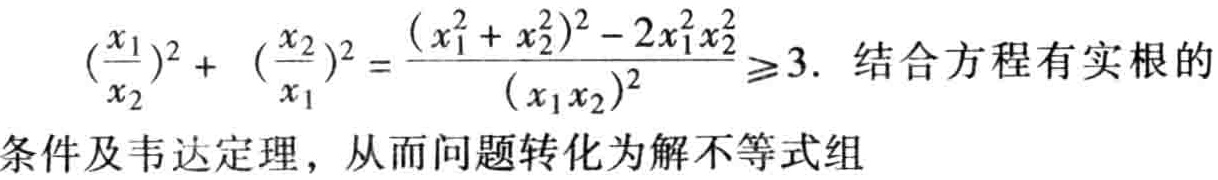
\((\frac{x_1}{x_2})^2 + (\frac{x_2}{x_1})^2 = \frac{(x_1^2 + x_2^2)^2 - 2x_1^2x_2^2}{(x_1x_2)^2} \geq 3.\ 结合方程有实根的\\条件及韦达定理，从而问题转化为解不等式组\)